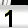
Digit: 1